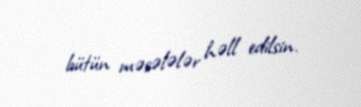
bütün məsələlər həll edilsin.